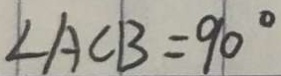
\angle A C B = 9 0 ^ { \circ }